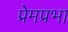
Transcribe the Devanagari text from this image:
प्रेमप्रभा